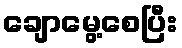
ချောမွေ့စေပြီး